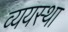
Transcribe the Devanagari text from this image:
व्ययस्था